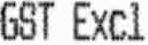
GST EXCL